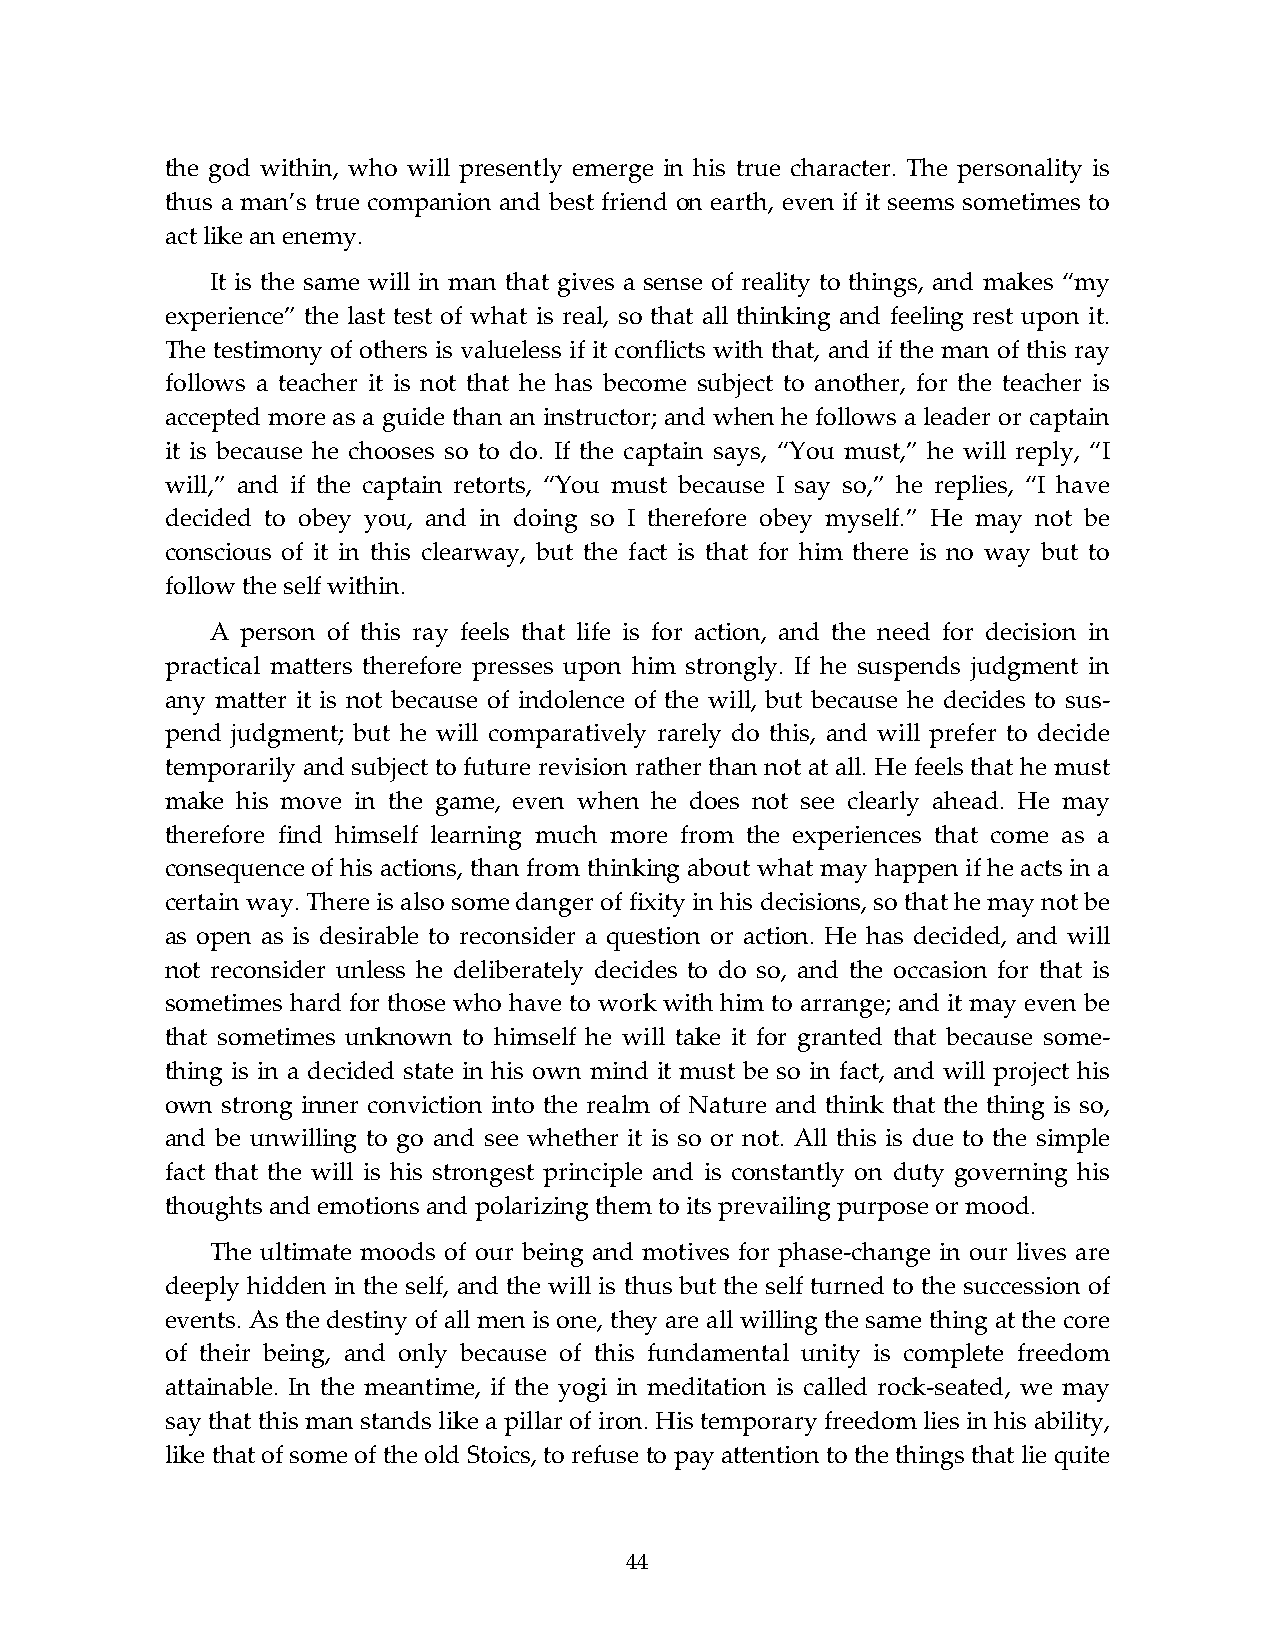
the god within, who will presently emerge in his true character. The personality is
 thus a man’s true companion and best friend on earth, even if it seems sometimes to
 act like an enemy.
 It is the same will in man that gives a sense of reality to things, and makes “my
 experience” the last test of what is real, so that all thinking and feeling rest upon it.
 The testimony of others is valueless if it conflicts with that, and if the man of this ray
 follows a teacher it is not that he has become subject to another, for the teacher is
 accepted more as a guide than an instructor; and when he follows a leader or captain
 it is because he chooses so to do. If the captain says, “You must,” he will reply, “I
 will,” and if the captain retorts, “You must because I say so,” he replies, “I have
 decided to obey you, and in doing so I therefore obey myself.” He may not be
 conscious of it in this clearway, but the fact is that for him there is no way but to
 follow the self within.
 A person of this ray feels that life is for action, and the need for decision in
 practical matters therefore presses upon him strongly. If he suspends judgment in
 any matter it is not because of indolence of the will, but because he decides to sus-
 pend judgment; but he will comparatively rarely do this, and will prefer to decide
 temporarily and subject to future revision rather than not at all. He feels that he must
 make his move in the game, even when he does not see clearly ahead. He may
 therefore find himself learning much more from the experiences that come as a
 consequence of his actions, than from thinking about what may happen if he acts in a
 certain way. There is also some danger of fixity in his decisions, so that he may not be
 as open as is desirable to reconsider a question or action. He has decided, and will
 not reconsider unless he deliberately decides to do so, and the occasion for that is
 sometimes hard for those who have to work with him to arrange; and it may even be
 that sometimes unknown to himself he will take it for granted that because some-
 thing is in a decided state in his own mind it must be so in fact, and will project his
 own strong inner conviction into the realm of Nature and think that the thing is so,
 and be unwilling to go and see whether it is so or not. All this is due to the simple
 fact that the will is his strongest principle and is constantly on duty governing his
 thoughts and emotions and polarizing them to its prevailing purpose or mood.
 The ultimate moods of our being and motives for phase-change in our lives are
 deeply hidden in the self, and the will is thus but the self turned to the succession of
 events. As the destiny of all men is one, they are all willing the same thing at the core
 of their being, and only because of this fundamental unity is complete freedom
 attainable. In the meantime, if the yogi in meditation is called rock-seated, we may
 say that this man stands like a pillar of iron. His temporary freedom lies in his ability,
 like that of some of the old Stoics, to refuse to pay attention to the things that lie quite
 44